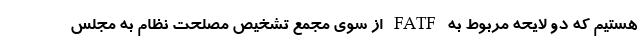
هستیم که دو لایحه مربوط به FATF از سوی مجمع تشخیص مصلحت نظام به مجلس